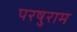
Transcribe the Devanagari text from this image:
परषुराम